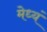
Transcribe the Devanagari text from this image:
मेध्यं